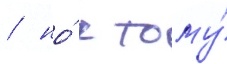
/ но́ к тому́